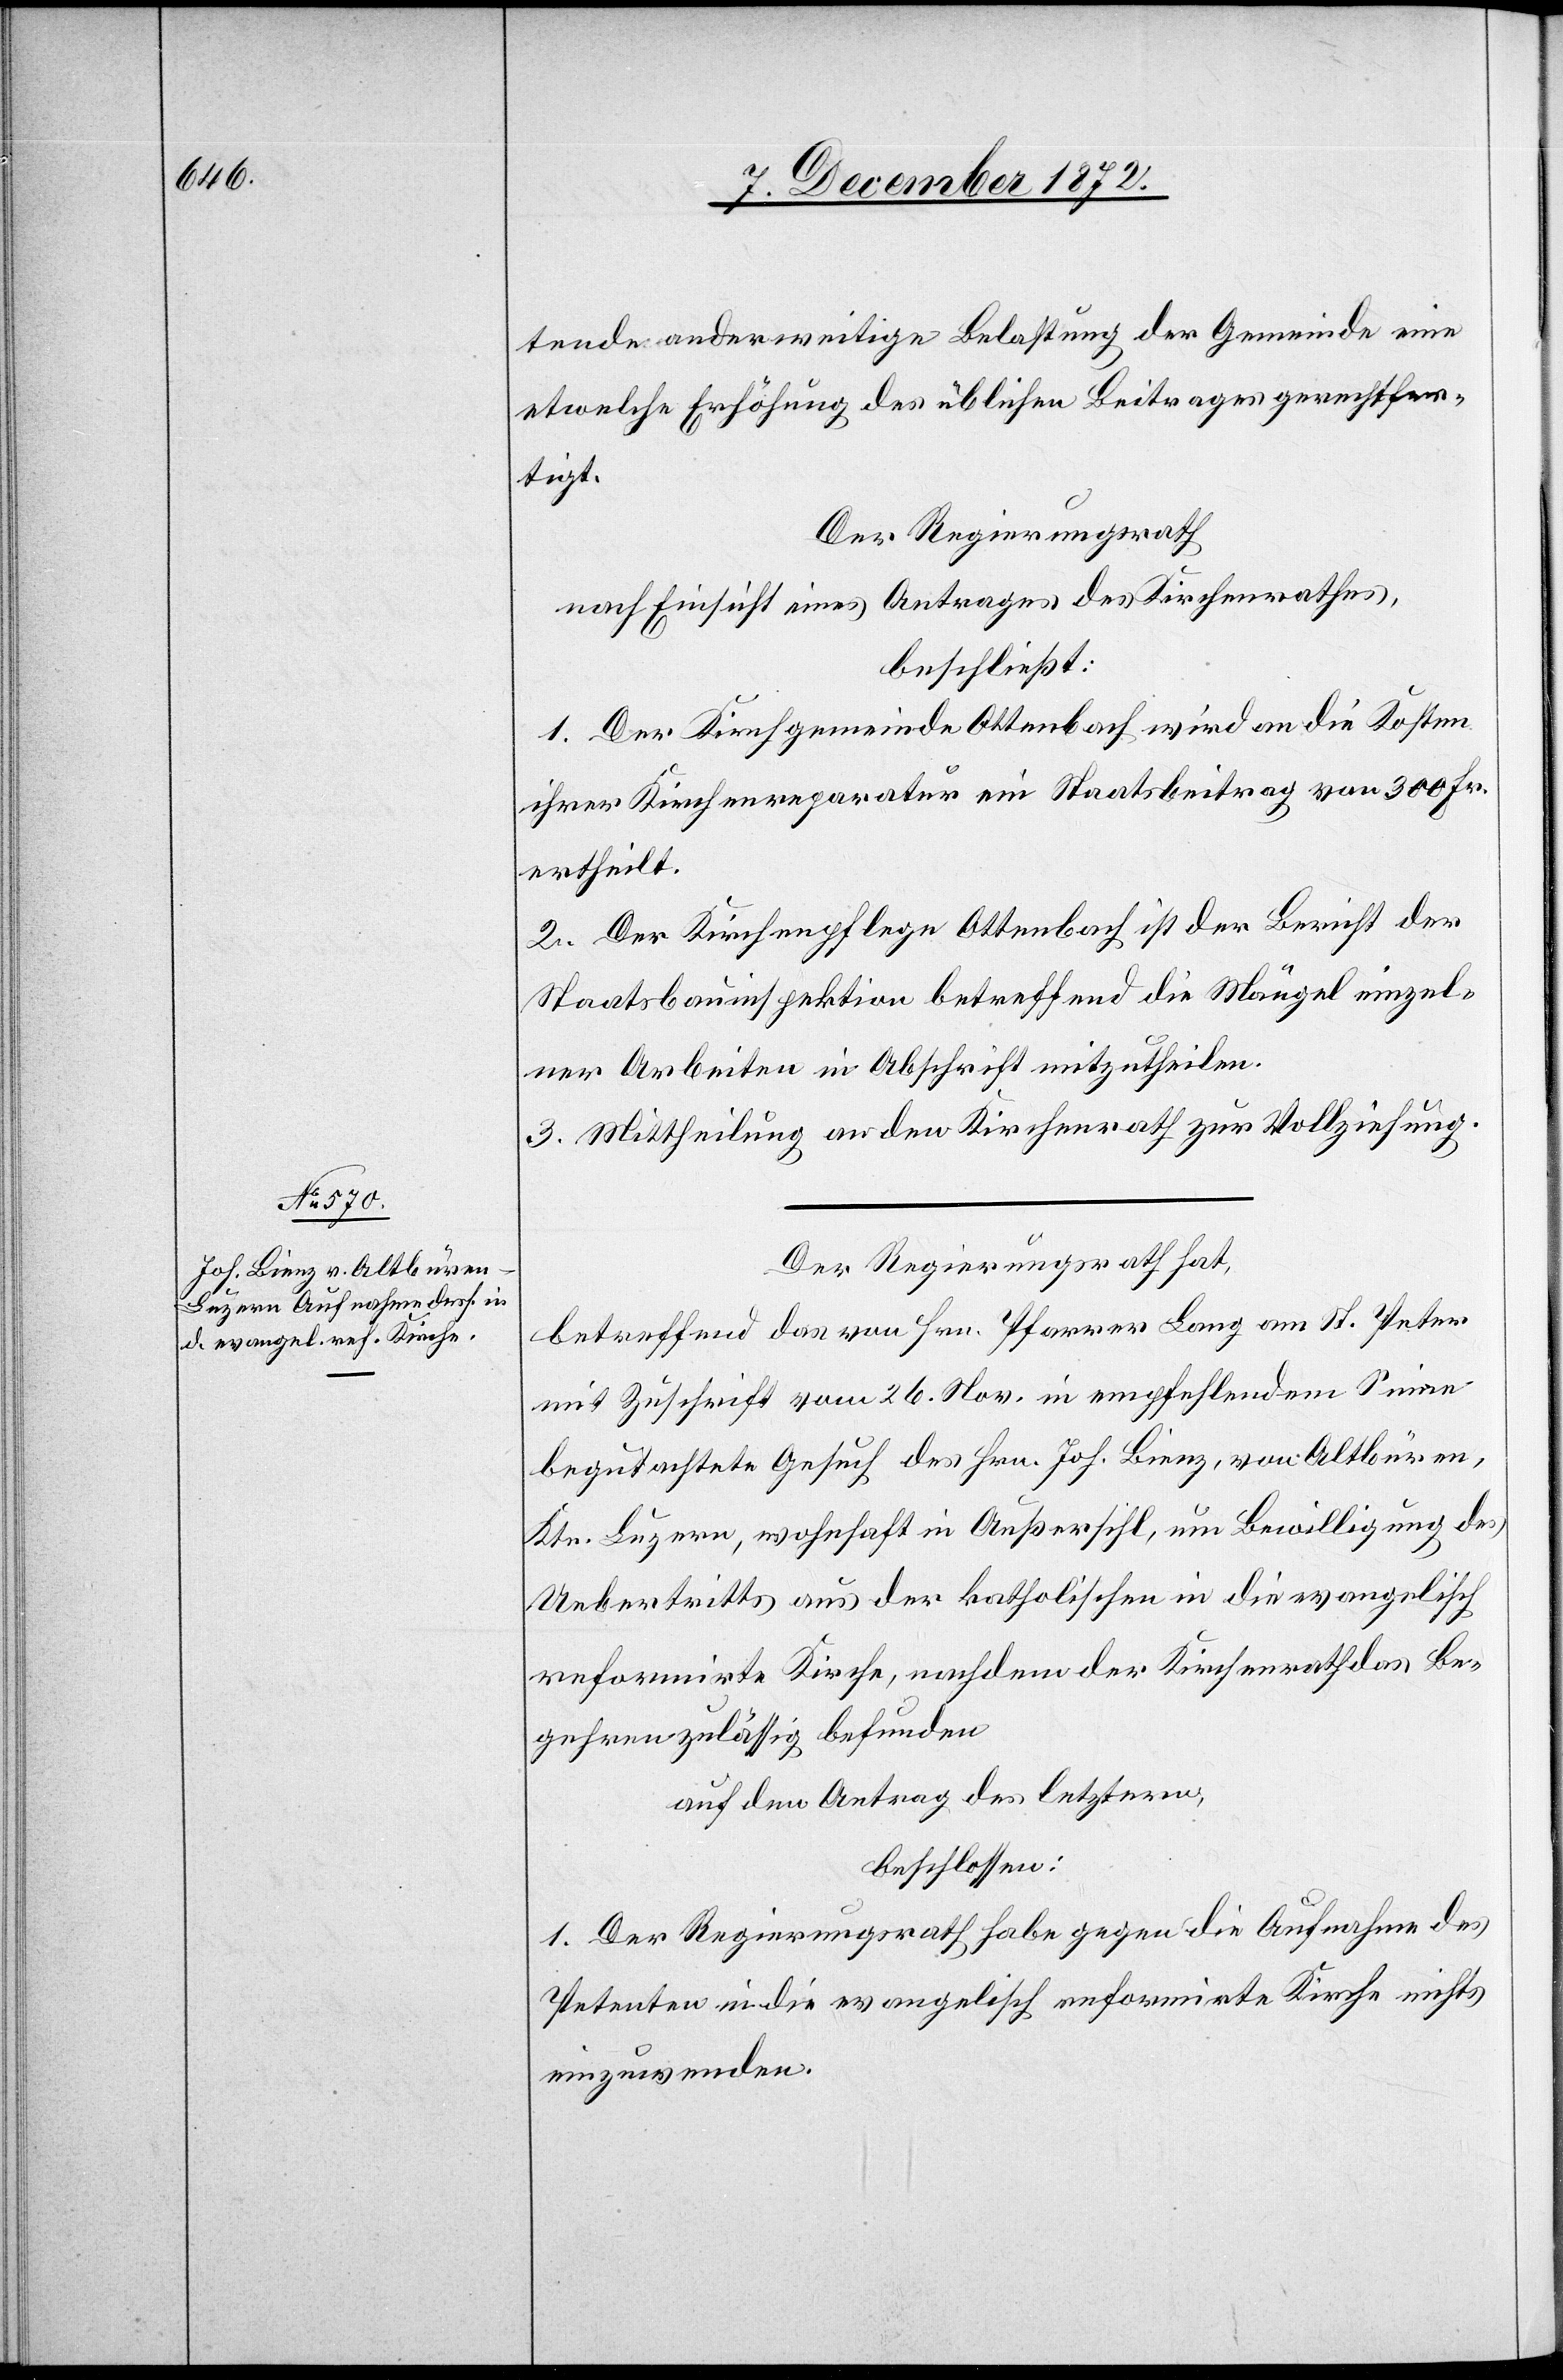
Der Regierungsrath hat,
betreffend das von Hrn. Pfarrer Lang am St. Peter
mit Zuschrift vom 26. Nov. in empfehlendem Sinne
begutachtete Gesuch des Hrn. Joh. Bienz, von Altbüren,
Ktn. Luzern, wohnhaft in Außersihl, um Bewilligung des
Uebertritts aus der katholischen in die evangelisch
reformirte Kirche, nachdem der Kirchenrath das Be¬
gehren zulässig befunden
auf den Antrag des letztern,
beschlossen:
1. Der Regierungsrath habe gegen die Aufnahme des
Petenten in die evangelisch reformirte Kirche nichts
einzuwenden.